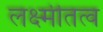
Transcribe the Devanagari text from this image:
लक्ष्मीतत्व